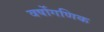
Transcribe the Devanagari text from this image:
वर्षोगणिक